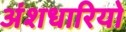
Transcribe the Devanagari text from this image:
अंशधारियो